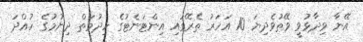
އޭނާ ވިދާޅުވީ ވޭތުވެދިޔަ 10 އަހަރު ތެރޭގައި އިންޓަނެޓުގެ ހިދުމަތް ދިނުމުގެ ހުއްދަ